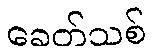
ခေတ်သစ်